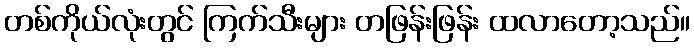
တစ်ကိုယ်လုံးတွင် ကြက်သီးများ တဖြန်းဖြန်း ထလာတော့သည်။